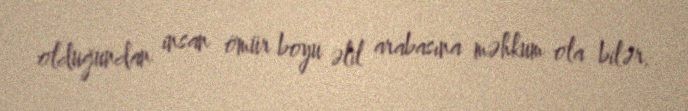
olduğundan insan ömür boyu əlil arabasına məhkum ola bilər.